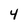
Character: 4